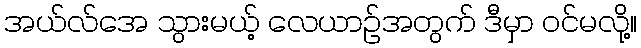
အယ်လ်အေ သွားမယ့် လေယာဉ်အတွက် ဒီမှာ ဝင်မလို့။